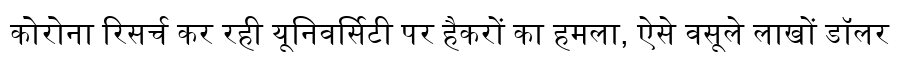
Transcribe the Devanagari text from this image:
कोरोना रिसर्च कर रही यूनिवर्सिटी पर हैकरों का हमला, ऐसे वसूले लाखों डॉलर